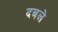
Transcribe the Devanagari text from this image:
दबले